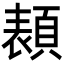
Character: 𩓳